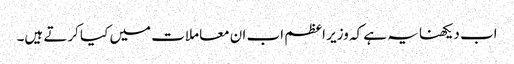
اب دیکھنا یہ ہے کہ وزیر اعظم اب ان معاملات میں کیا کرتے ہیں۔